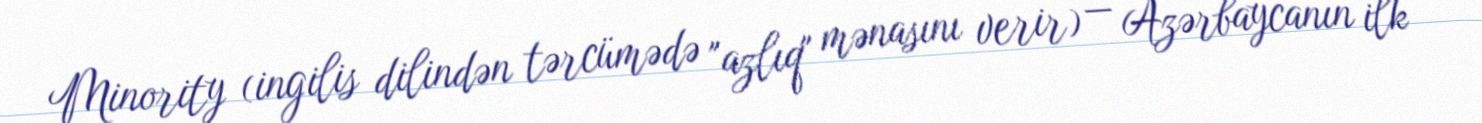
Minority (ingilis dilindən tərcümədə "azlıq" mənasını verir) — Azərbaycanın ilk